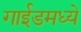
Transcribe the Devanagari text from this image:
गाईडमध्ये